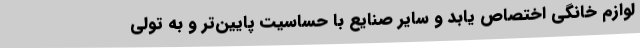
لوازم خانگی اختصاص یابد و سایر صنایع با حساسیت پایین‌تر و به تولی